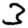
Digit: 3